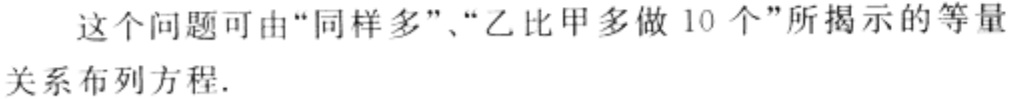
这个问题可由“同样多”、“乙比甲多做 10 个”所揭示的等量关系布列方程.